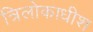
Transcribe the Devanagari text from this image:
त्रिलोकाधीश